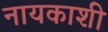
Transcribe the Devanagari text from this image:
नायकाशी